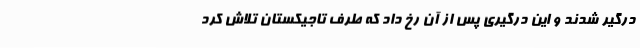
درگیر شدند و این درگیری پس از آن رخ داد که طرف تاجیکستان تلاش کرد